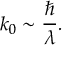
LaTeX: k _ { 0 } \sim { \frac { \hbar } { \lambda } } .